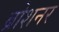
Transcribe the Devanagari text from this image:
ब्रोशनर